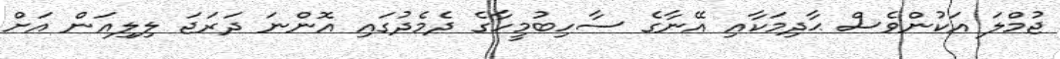
ޖުމްލަ އަކުންވެސް ޙާދިމަކާއި އޭނާގެ ސާހިބުމީހާގެ ދެމެދުގައި އޮންނަ ދަރަޖަ ލިލިއަން އަށް